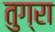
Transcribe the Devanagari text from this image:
तुग्रा